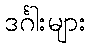
ဒင်္ဂါးများ